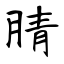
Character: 腈